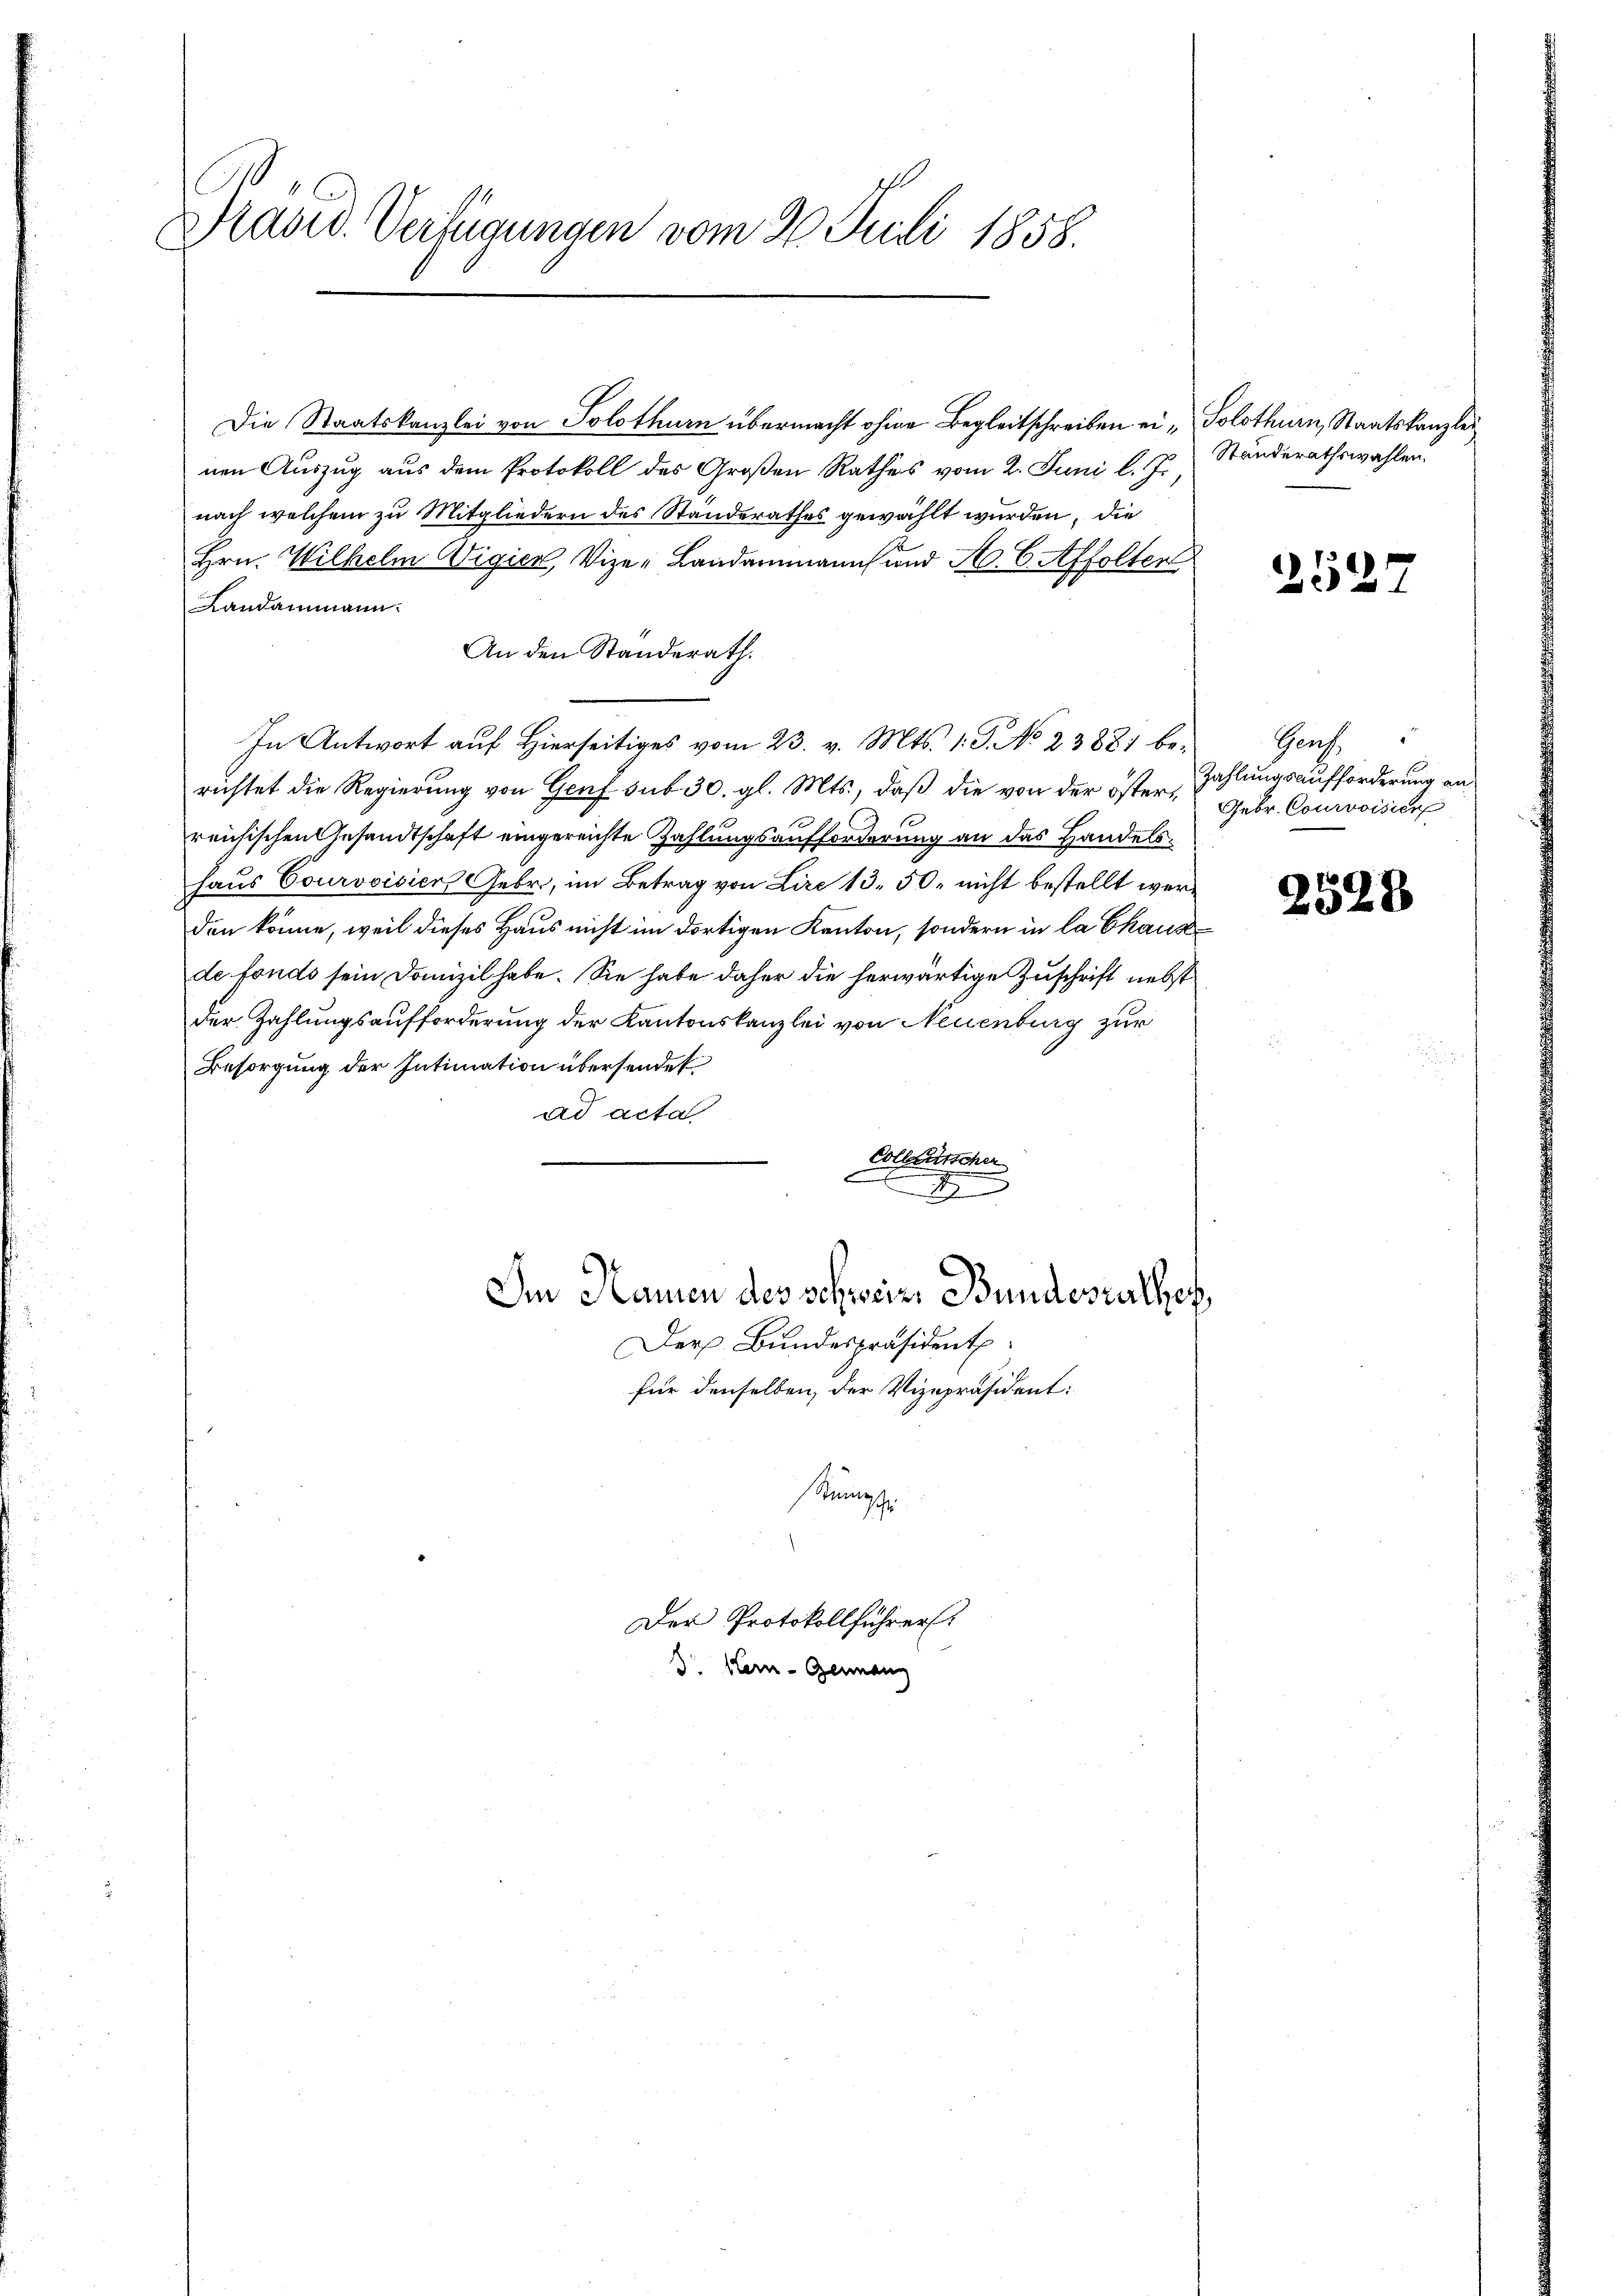
Präsid. Verfügungen vom 26. Juli 1858.

Die Staatskanzlei von Solothurn übermacht ohne Begleitschreiben ein Solothurn, Staatskanzlei
nen Auszug aus dem Protokoll des Großen Rathes vom 2. Juni l. J.
nach welchem zu Mitgliedern des Standerathes gewählt wurden, die
Hrn. Wilhelm Vigier, Vize-Landammann und S. 6. Affolterl
Landammann.
An den Standerath.
In Antwort auf hierseitiges vom 23. v. Mts. 1. J. No 23881 be- Genf
richtet die Regierung von Genf sub 30. gl. Mts., daß die von der österreichischen Gesandtschaft eingereichte Zahlungsaufforderung an das Handelshaus Courvoisier Gebr., im Betrag von Lire 13. 50. nicht bestellt werden könne, weil dieses Haus nicht im dortigen Kanton, sondern in la Chausde fonds sein Domizil habe. Sie habe daher die herwärtige Zuschrift nebst
der Zahlungsaufforderung der Kantonskanzlei von Neuenburg zur
Besorgung der Intimation übersendet
ad acta
Collence
d

Der Bundespräsident
für denselben, der Vizepräsident:
Stumpfe

Im Namen des schweiz. Bundesrathes,

Der Protokollführer
D. Kern-Germann

Ständerathswahlen.

252.

Zahlungsaufforderung an.
Gebr. Courvoisier

2528